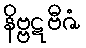
နိဗ္ဗဋဗီဇံ